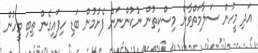
އަދި މީހުން ސަލާމަތްވާން މިސްކިތުން ނުކުންނަން ފެށުމުން ބަޑި ހިފައިގެން ތިބި މީހުން